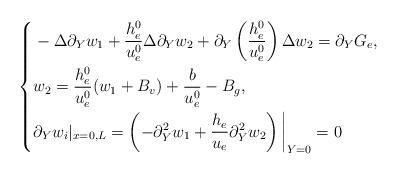
LaTeX: \begin{align*}\left \{\begin{aligned}&-\Delta \partial_Y w_1+\frac{h^0_e}{u^0_e}\Delta \partial_Y w_2+\partial_Y \left(\frac{h^0_e}{u^0_e}\right)\Delta w_2=\partial_Y G_e,\\&w_2=\frac{h^0_e}{u^0_e}(w_1+B_v)+\frac{b}{u^0_e}-B_g,\\&\partial_Y w_i|_{x=0,L}=\left(-\partial_Y^2 w_1+\frac{h_e}{u_e}\partial_Y^2 w_2\right)\bigg|_{Y=0}=0\end{aligned}\right.\end{align*}